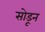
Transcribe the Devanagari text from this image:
सोडूून